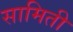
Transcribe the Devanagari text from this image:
सामिती